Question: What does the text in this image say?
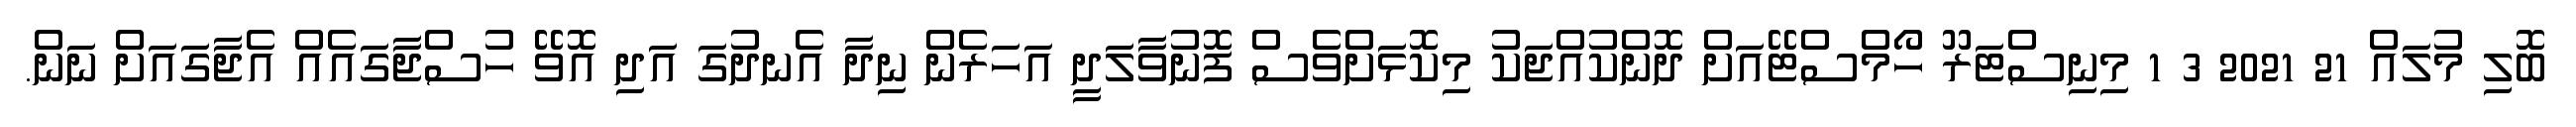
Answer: ބޮލި މުލައް 21 2021 3 1 މިނިސްޓަރޫ ހޯމްސްޓޭއަށް ދޮންކުއްޖަކު މިކޮޅަށްވެސް ފޮނުވާލަދީ އަހަރެން ނިދާ އެނދުގަ އަދި އޮވޭ ހުސްޖާގައެއް އެޖާގައަށް ނަން.